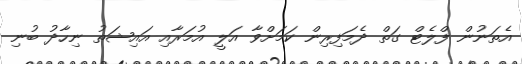
އެތަނުން ފްލެޓް ގަތް ދެމަފިރިން ކަމަށްވާ އަލީ އުމަރާއި އައިޝަތު ނިހާދު ބުނި